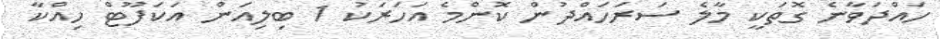
ހައްދަވާނެ ގޮތަކީ މާލެ ސަރަހައްދުން ކޮންމެ އަހަރަކު 1 ބިލިއަން އަކަފޫޓް ހިއްކާ